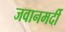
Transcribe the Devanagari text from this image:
जवानमर्दी